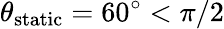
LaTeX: \theta_{\mathrm{static}}=60^{\circ}<\pi/2